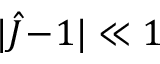
| \hat { J } \! - \! 1 | \ll 1